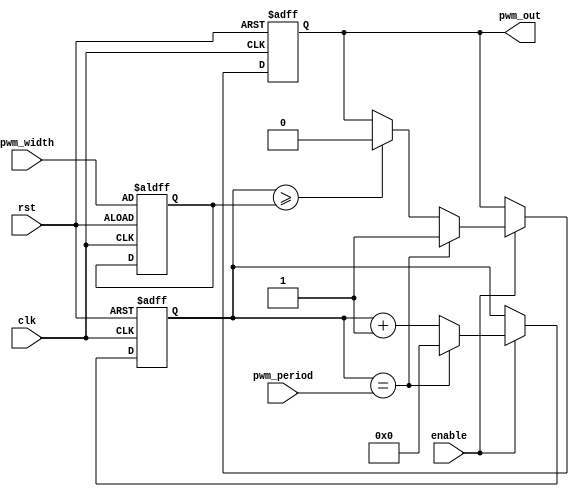
module pwm_timer (
    input wire clk,                 // Clock input
    input wire rst,                 // Reset input
    input wire enable,              // Enable input
    input wire [15:0] pwm_width,    // PWM width input
    input wire [15:0] pwm_period,   // PWM period input
    output reg pwm_out              // PWM signal output
);

reg [15:0] counter;
reg [15:0] comparator;

always @ (posedge clk or posedge rst) begin
    if (rst) begin
        counter <= 16'd0;
        comparator <= pwm_width;
        pwm_out <= 1'b0;
    end else begin
        if (enable) begin
            if (counter == pwm_period) begin
                counter <= 16'd0;
                pwm_out <= 1'b1;
            end else begin
                counter <= counter + 16'd1;
                if (counter >= comparator) begin
                    pwm_out <= 1'b0;
                end
            end
        end
    end
end

endmodule